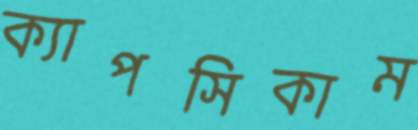
ক্যাপসিকাম